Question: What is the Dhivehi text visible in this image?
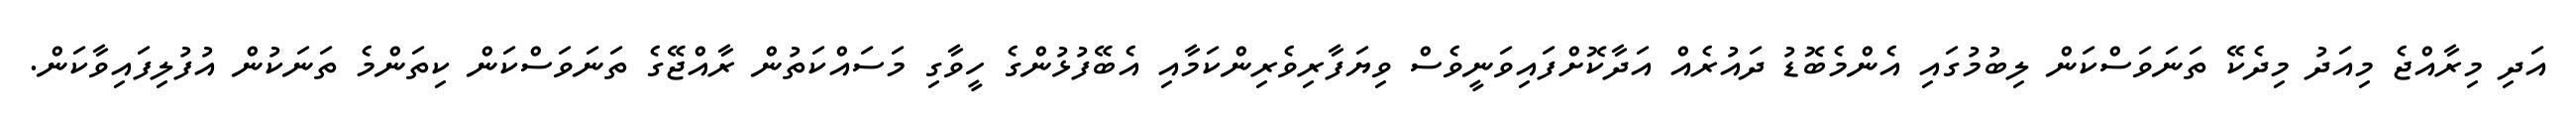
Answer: އަދި މިރާއްޖެ މިއަދު މިދެކޭ ތަނަވަސްކަން ލިބުމުގައި އެންމެބޮޑު ދައުރެއް އަދާކޮށްފައިވަނީވެސް ވިޔަފާރިވެރިންކަމާއި އެބޭފުޅުންގެ ހީވާގި މަސައްކަތުން ރާއްޖޭގެ ތަނަވަސްކަން ކިތަންމެ ތަނަކުން އުފުލިފައިވާކަން.